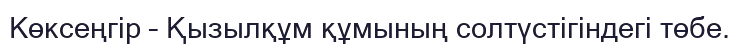
Көксеңгір – Қызылқұм құмының солтүстігіндегі төбе.